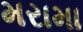
મરામા